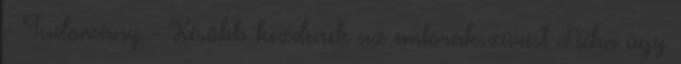
- Tudomány - Később kezdenék az emlőrákszűrést Néha úgy